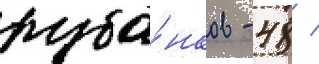
руба́нков - 48 /